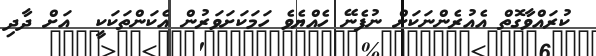
ކުރައްވާގޮތް އެއުރެންނަކަށް ނުފެނޭ ހެއްޔެވެ ހަމަކަށަވަރުން އެކަންތަކަކީ  އަށް ދާދި